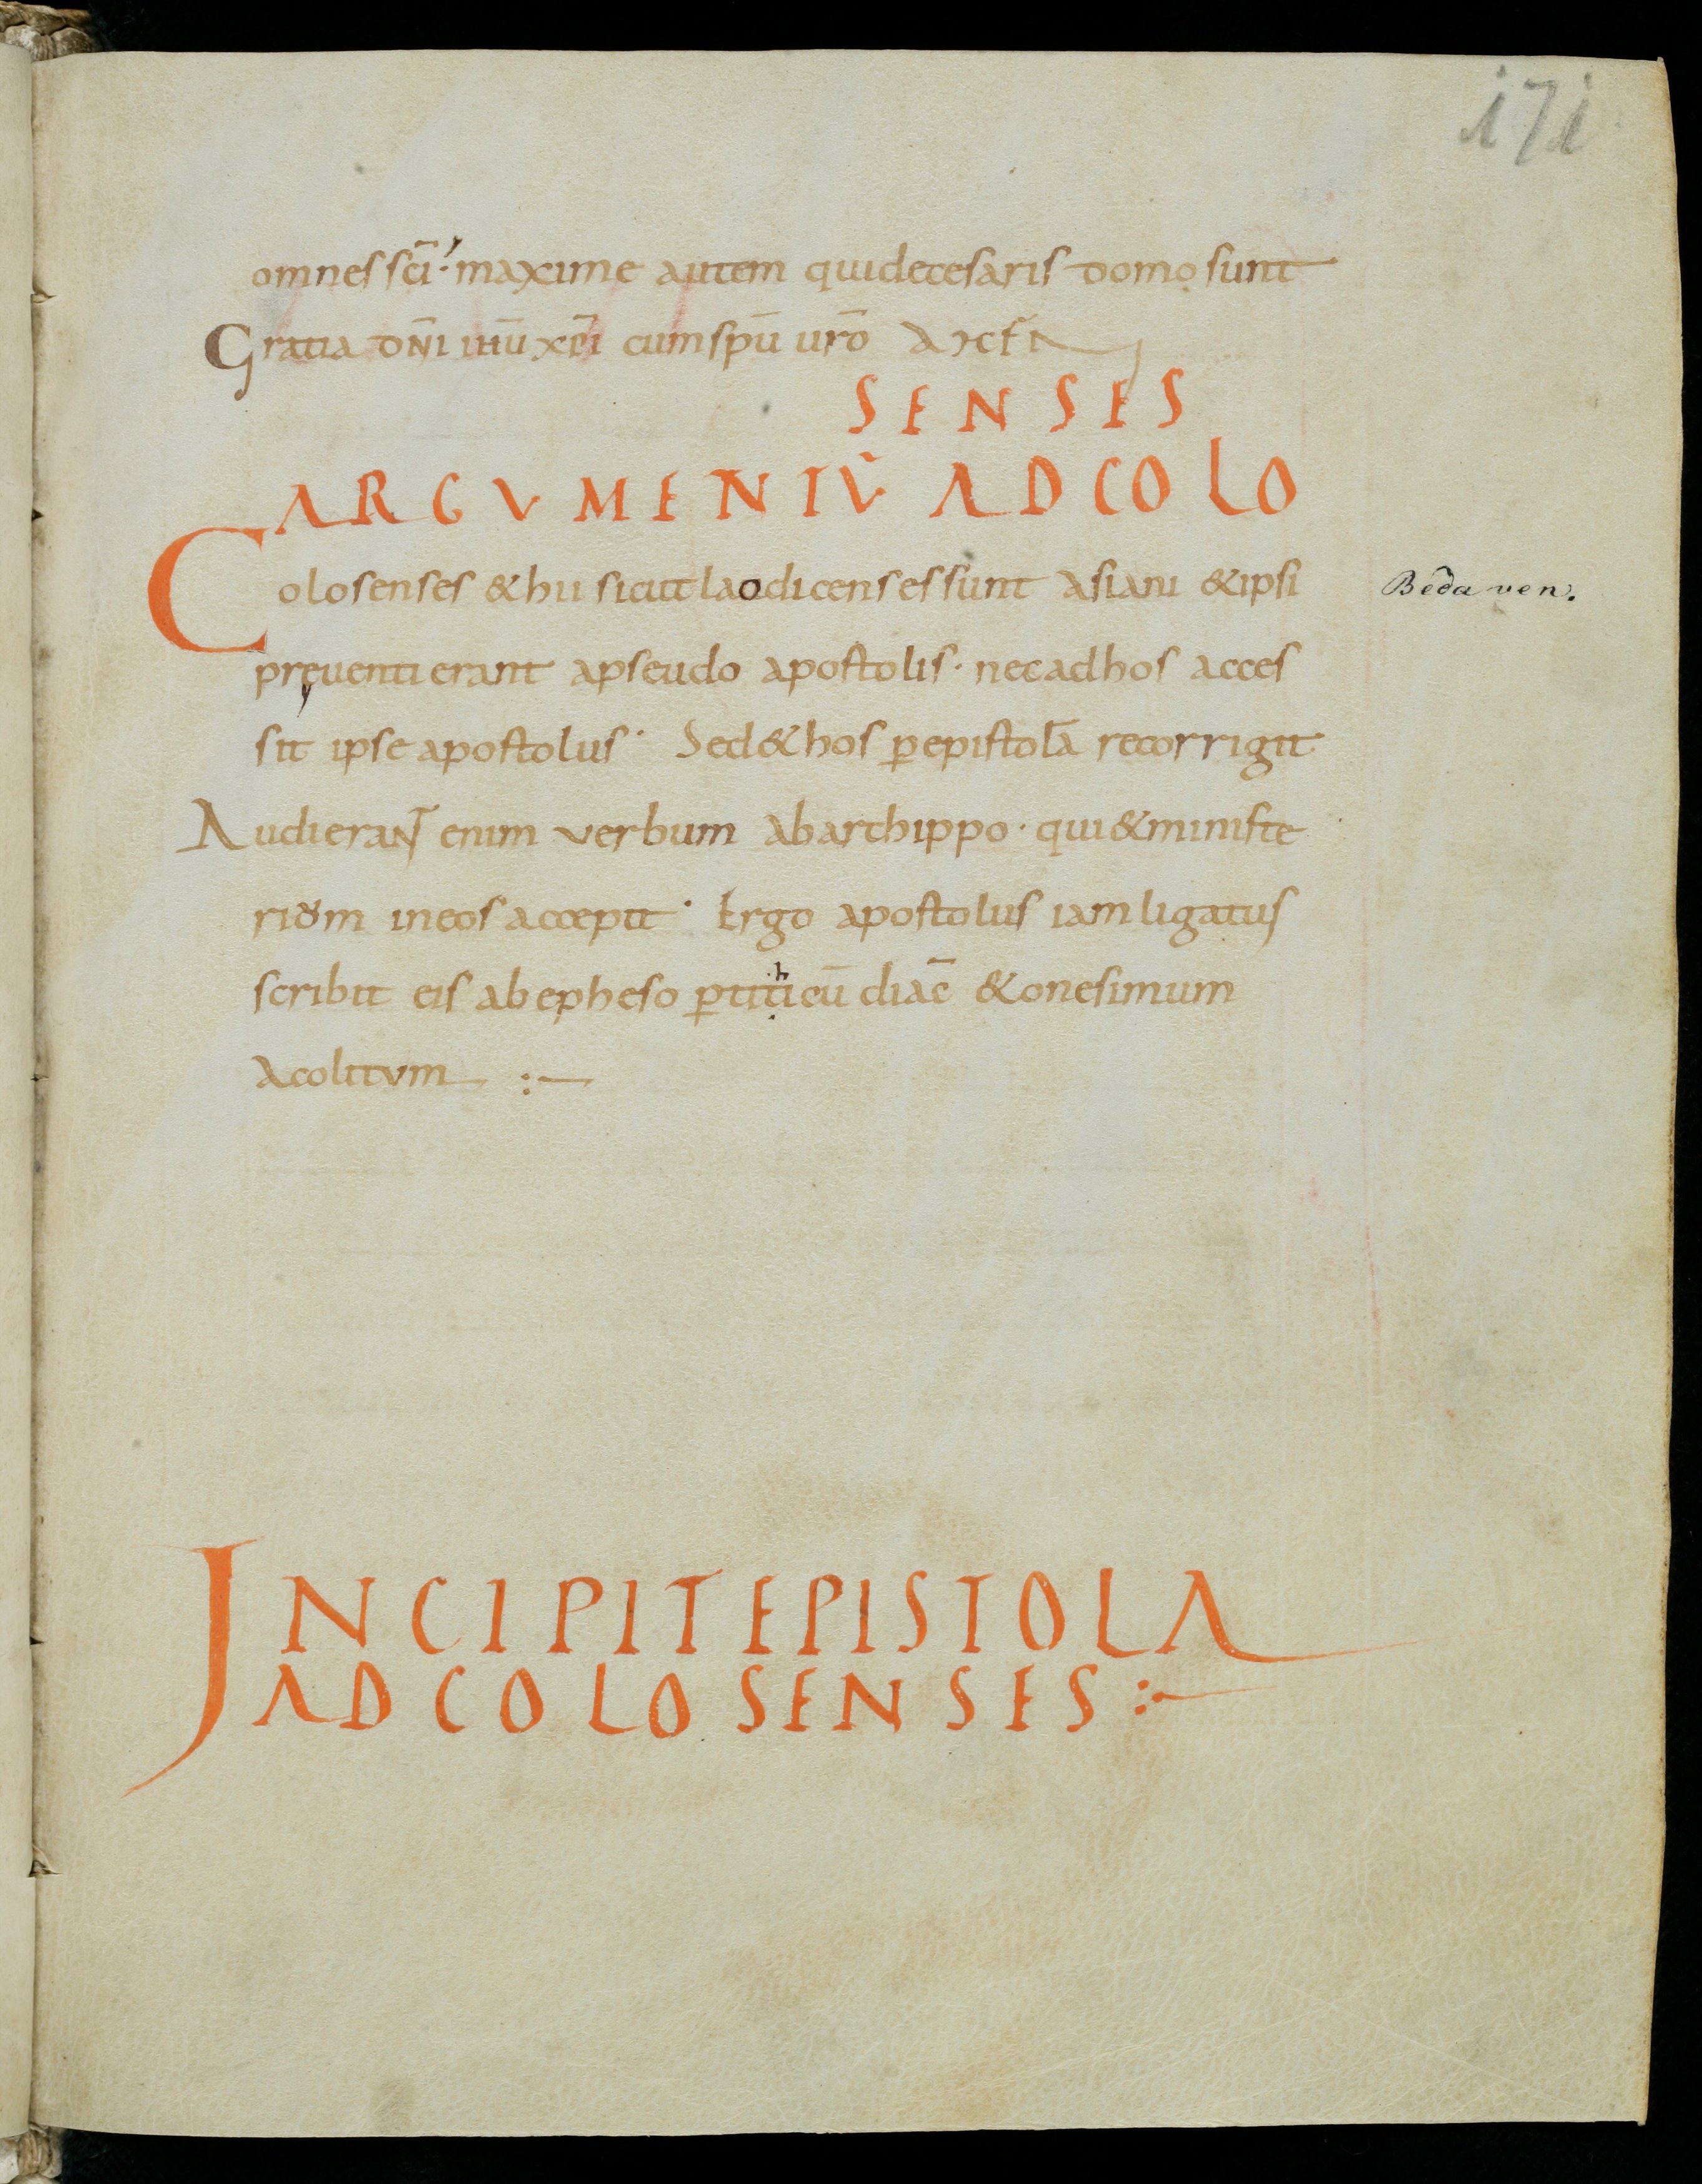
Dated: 800–899